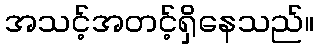
အသင့်အတင့်ရှိနေသည်။